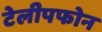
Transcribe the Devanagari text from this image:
टेलीपफोन